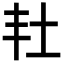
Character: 𡉘